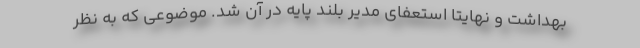
بهداشت و نهایتا استعفای مدیر بلند پایه در آن شد. موضوعی که به نظر